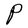
Character: P